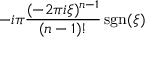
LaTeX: - i \pi { \frac { ( - 2 \pi i \xi ) ^ { n - 1 } } { ( n - 1 ) ! } } \operatorname { s g n } ( \xi )